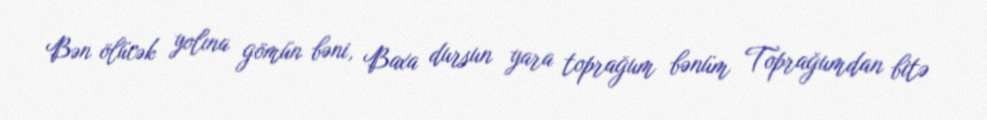
Bən ölücək yolına gömün bəni, Baxa dursun yara toprağum bənüm Toprağumdan bitə